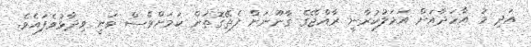
އަދި މު އާހަދާއަށް އަމަލުކުރާނީ ރާއްޖޭގެ ޤާނޫނަށް ފެތޭގޮތަށް ކަމަށްވެސް ވަނީ ވިދާޅުވެފައެވެ.